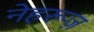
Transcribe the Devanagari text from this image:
नेहरूज़